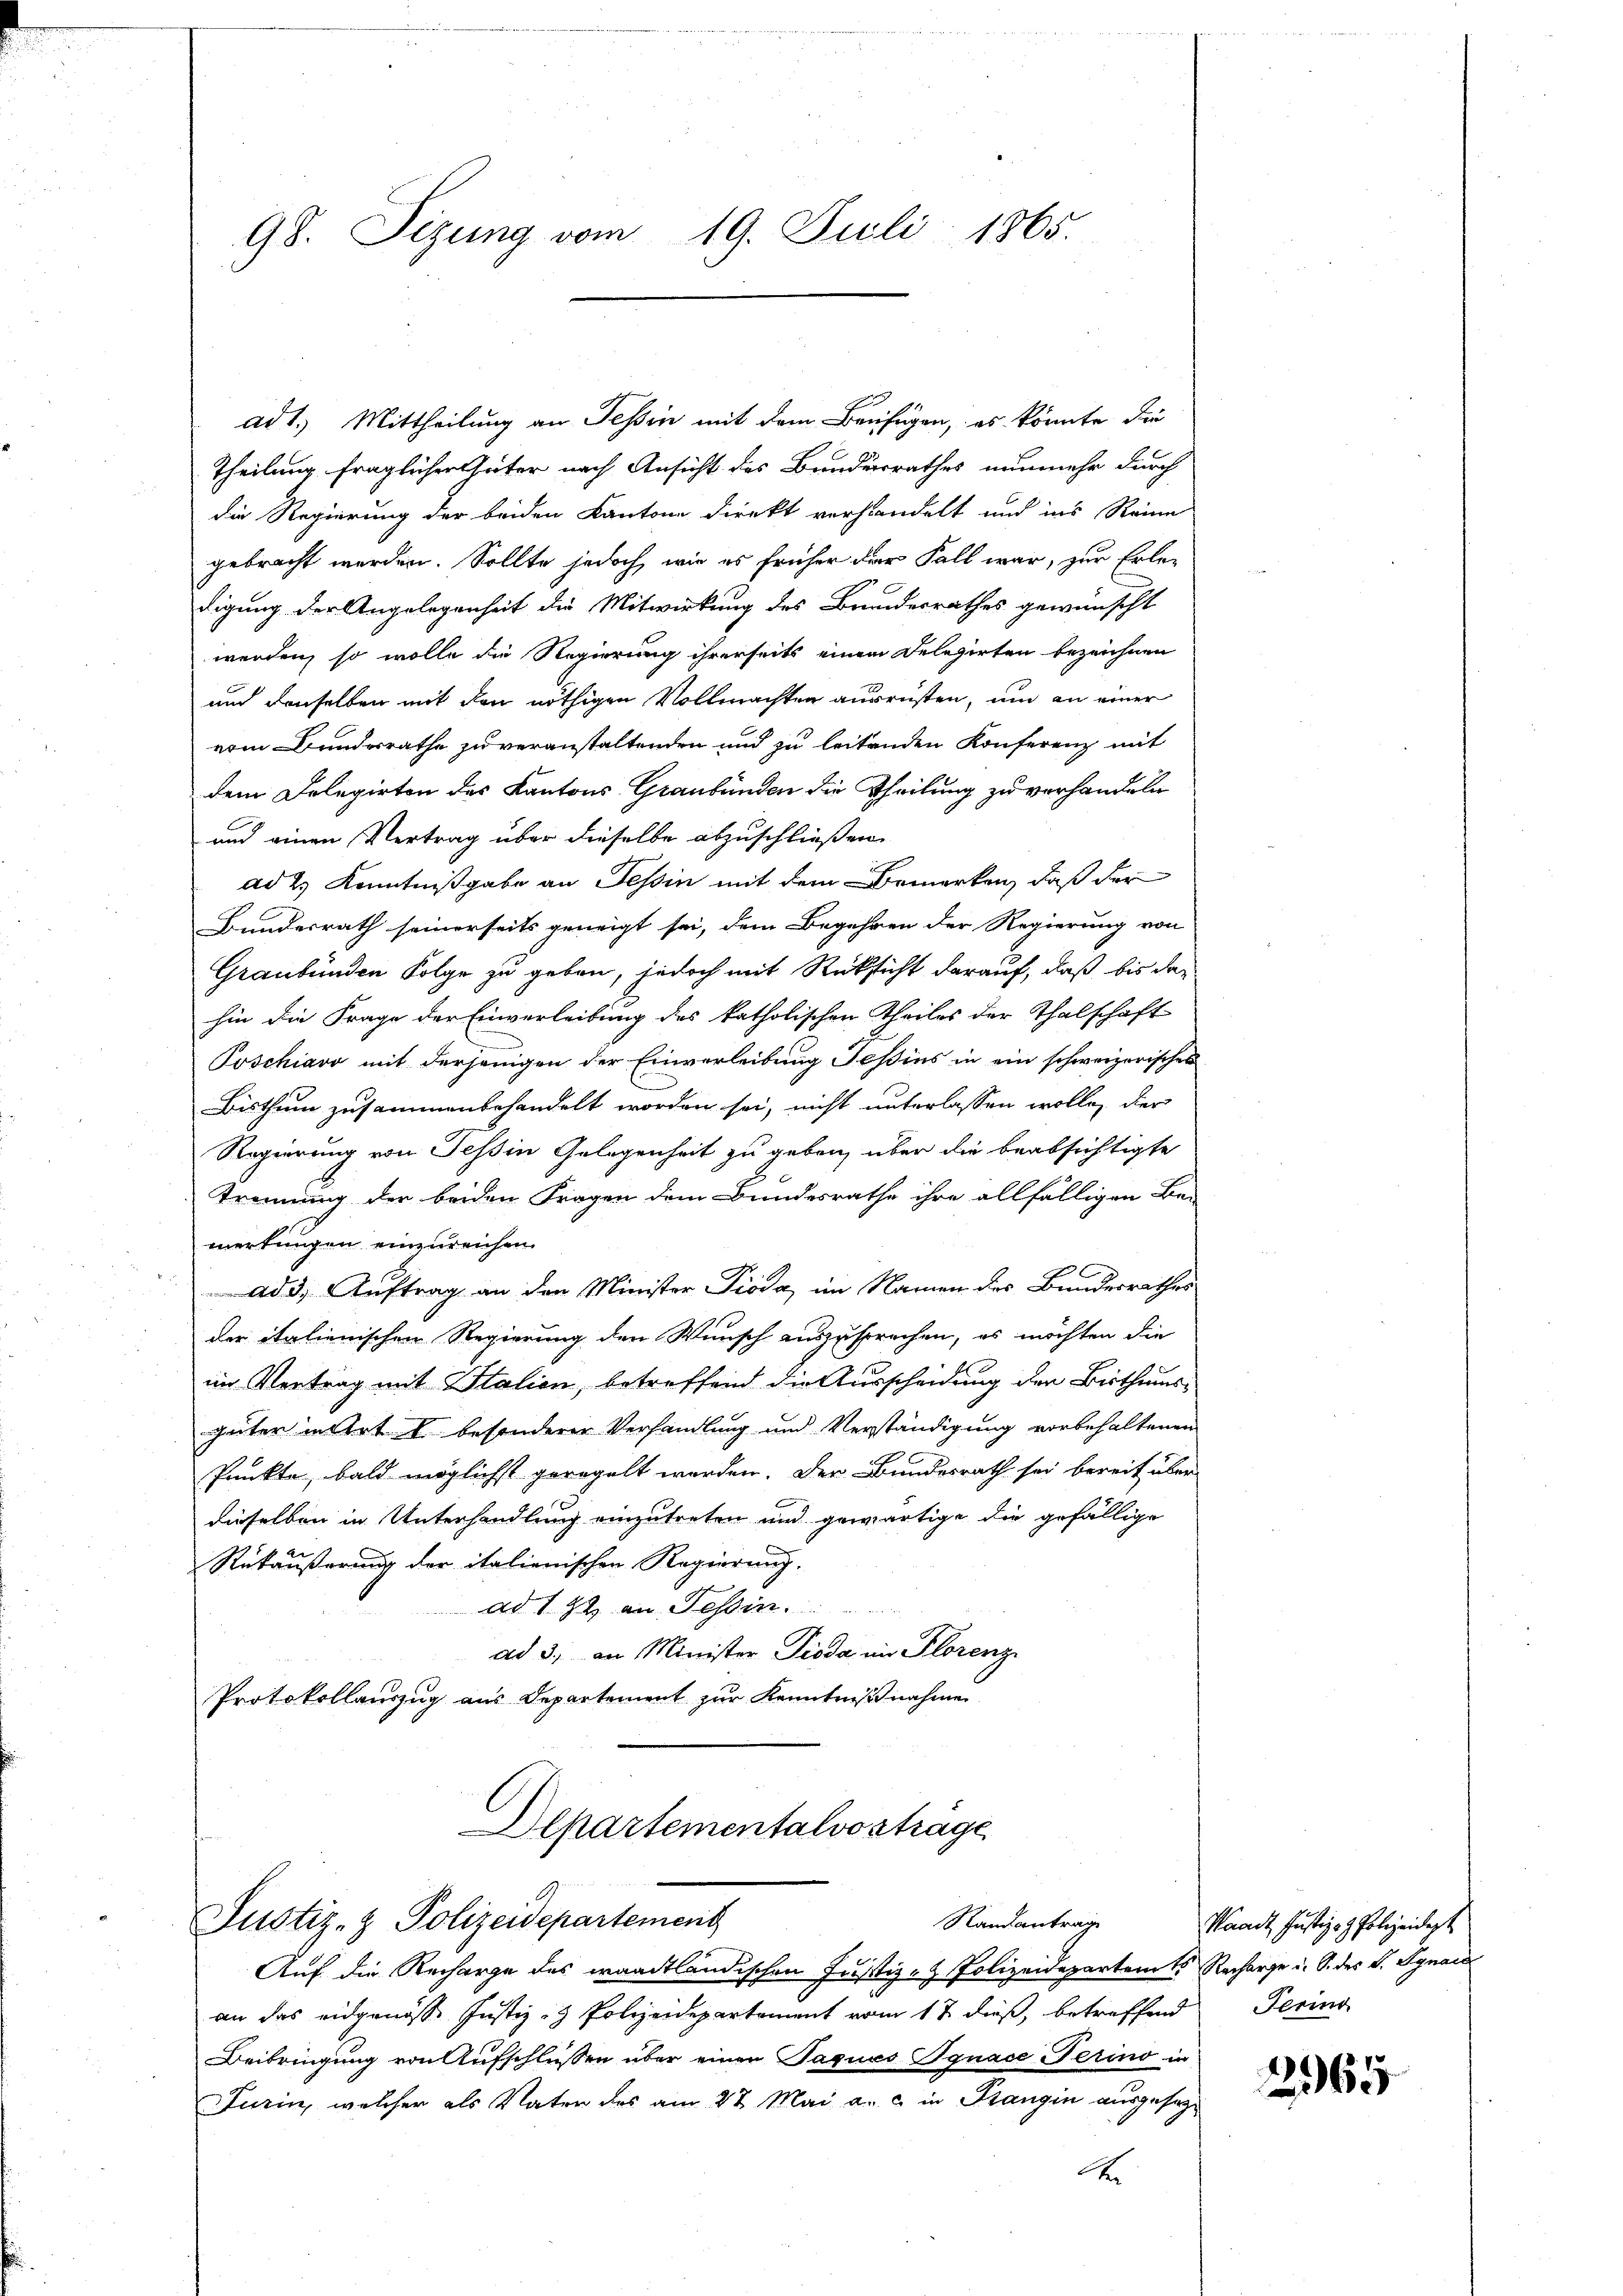
98. Sizung vom 19. Juli 1865.

ad 1. Mittheilung an Tessin mit dem Beifügen, es könnte die
Theilung fraglichen Güter nach Ansicht des Bundesrathes nunmehr durch
die Regierung der beiden Kantone direkt verhandelt und ins Reine
gebracht werden. Sollte jedoch, wie es früher der Fall war, zur Erledigung der Angelegenheit die Mitwirkung des Brundesrathes gewünscht
werden, so wolle die Regierung ihrerseits einem Delegirten bezeichnen
aud denselben mit den nöthigen Vollmachten ausrüsten, um an einer
vom Bundesrathe zu veranstaltenden und zu leitenden Konferenz mit
dem Delegirten des Kantons Graubünden die Theilung zu verhandeln
und einen Vertrag über dieselbe abzuschließen.
ad 2. Kenntnißgabe an Tessin mit dem Bemerken, daß der
Bundesrath seinerseits geneigt sei, dem Begehren der Regierung von
Graubünden Folge zu geben, jedoch mit Rücksicht darauf, daß bis der
hin die Frage der Einverleibung des katholischen Theiles der Thalschaft
Poschiavo mit derjenigen der Einverleibung Jeßins in ein schweizerisches
Bisthum zusammenbehandelt worden sei, nicht unterlassen wolle, der
Regierung von Tessin Gelegenheit zu geben, über die beabsichtigte
Trennung der beiden Fragen dem Bundesrathe ihre allfälligen Be-
merkungen einzureichen.
ad 3. Auftrag an den Minister Pioda, im Namen des Bundesrathes
der italienischen Regierung den Wunsch auszusprechen, es möchten die
im Vertrag mit Italien, betreffend die Ausscheidung der Bisthumsgüter in Art u. besonderer Verhandlung und Verständigung vorbehaltenen
Punkte, bald möglichst geregelt worden. Der Bundesrath sei bereit über
dieselben in Unterhandlung einzutreten und gewärtige die gefällige
Rükäußerung der italienischen Regierung.
ad 192 an Tessin.
ad 3, an Minister Pioda im Florenz
Protokollauszug aus Departement zur Kenntnißnahmen
Departementalvortrage

an das eidgenösse Justiz- & Polizeidepartament vom 17. dieβ, betreffend Perins
Beibringung von Aufschlüssen über einen Tagues Ignace Ferino in
Turin, welcher als Vater des am 27. Mai a. c. in Stangin ausgesage

Randantrage
Justiz- & Polizeidepartement
Auf die Recharge des waadtländischen Justiz- & Polizeidepartamts Recharge u. S. des V. Jgnac

Waadt, Justiz- & Polizeident

2965.